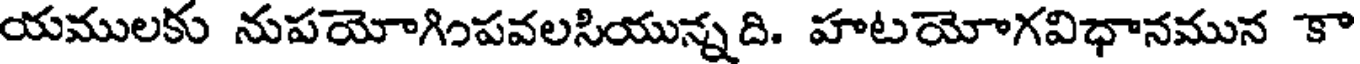
యములకు నుపయోగింపవలసియున్నది. హటయోగవిధానమున కా